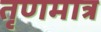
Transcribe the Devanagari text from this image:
तृणमात्र